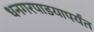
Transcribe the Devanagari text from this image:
धनगरपाडयापर्यंत